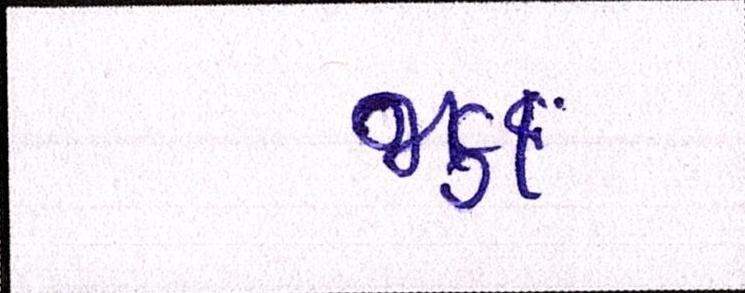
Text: જફા